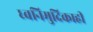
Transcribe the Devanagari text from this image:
ध्वनिमुदिकाही